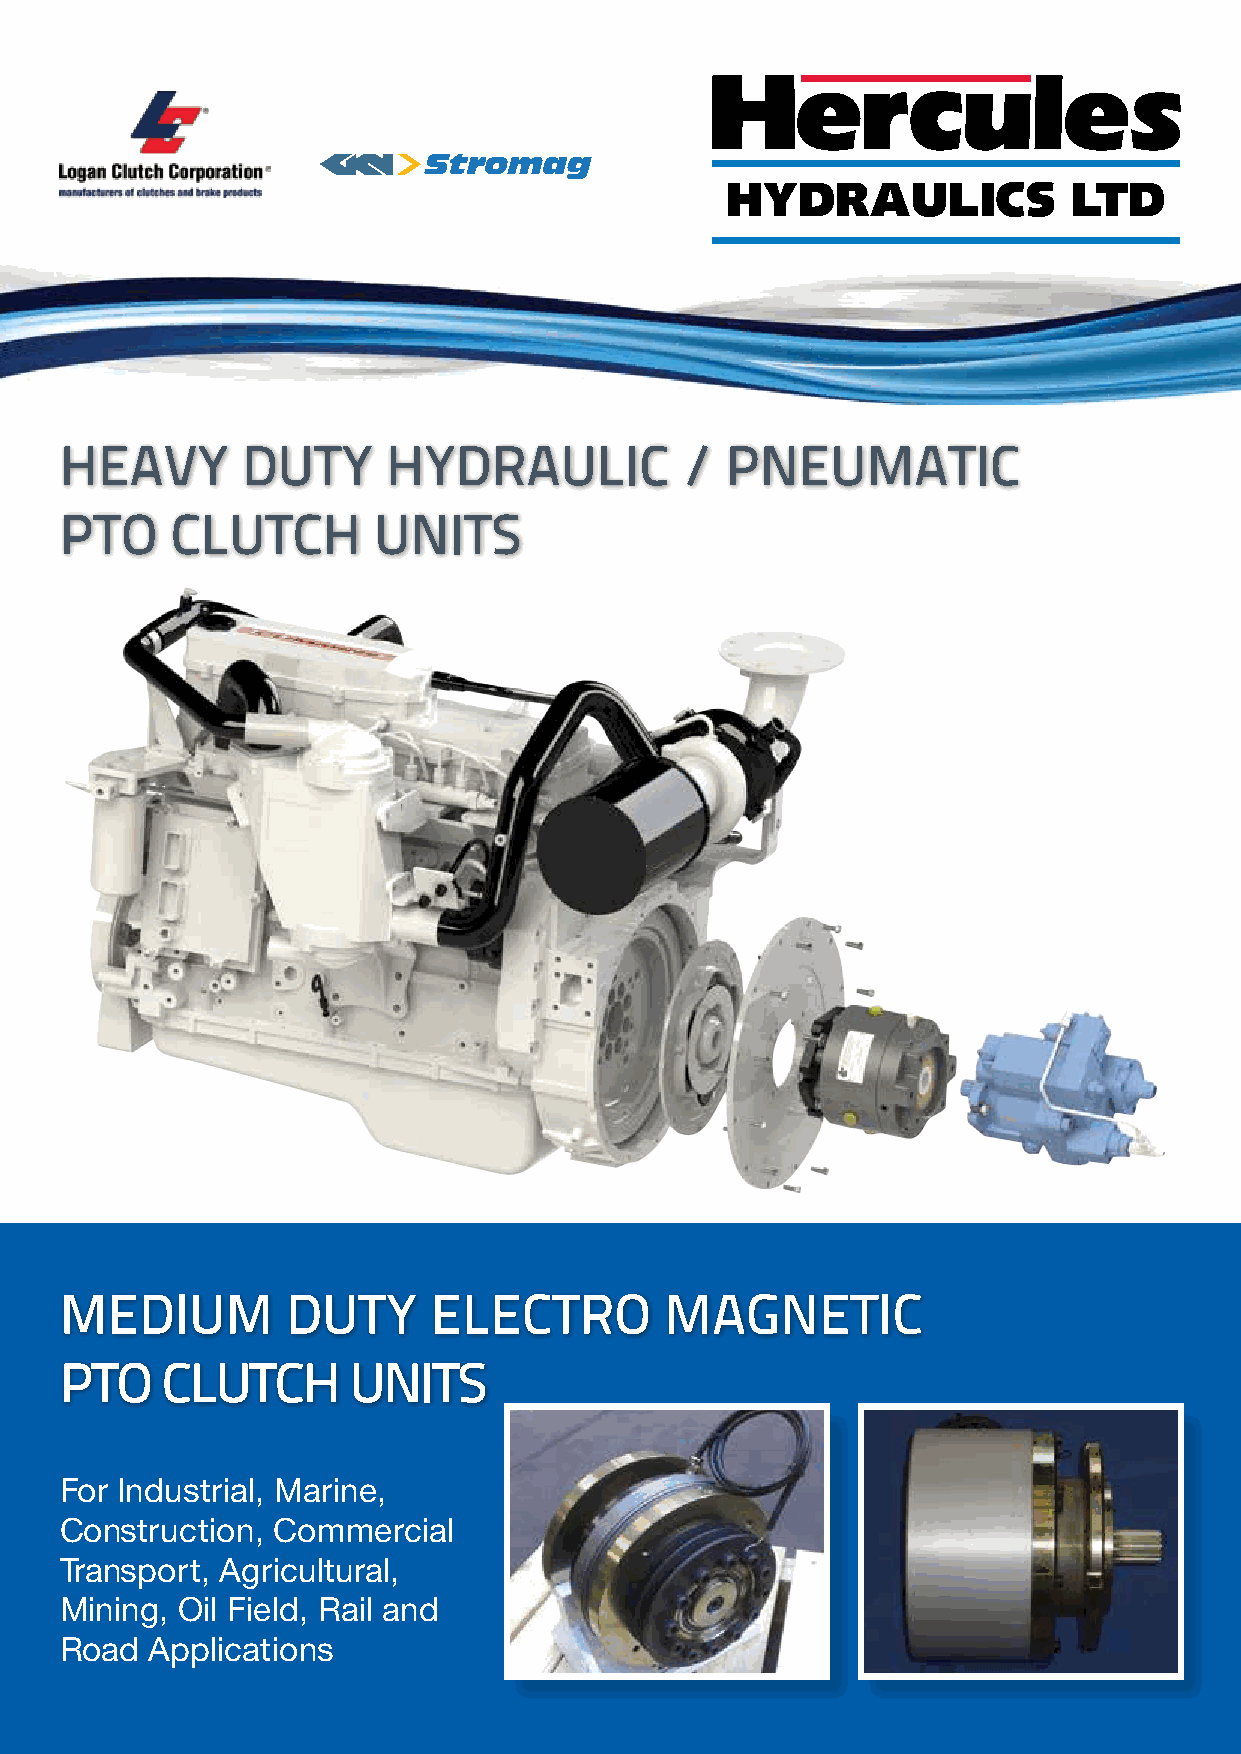
HYDRAULICS             LTD
 Heavy       Duty      HyDraulic          /  Pneumatic
 PtO    clutcH        units
 meDium         Duty     electrO         magnetic
 PtO    clutcH       units
 For Industrial, Marine,
 Construction, Commercial
 Transport, Agricultural,
 Mining, Oil Field, Rail and
 Road  Applications